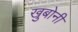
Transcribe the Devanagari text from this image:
खुबोनी